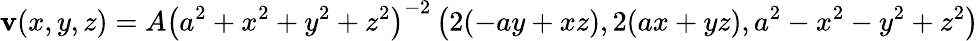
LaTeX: \mathbf{v}(x,y,z)=A\left(a^{2}+x^{2}+y^{2}+z^{2}\right)^{-2}\left(2(-ay+xz),2(ax+yz),a^{2}-x^{2}-y^{2}+z^{2}\right)